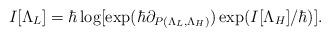
LaTeX: \begin{align*} I[\Lambda_L] = \hbar \log[\exp(\hbar \partial_{P(\Lambda_L, \Lambda_H)})\exp(I[\Lambda_H]/\hbar)].\end{align*}